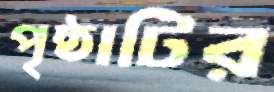
পৃষ্ঠাটির